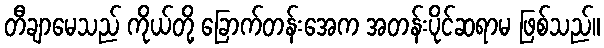
တီချာမေသည် ကိုယ်တို့ ခြောက်တန်းအေက အတန်းပိုင်ဆရာမ ဖြစ်သည်။